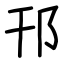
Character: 邗